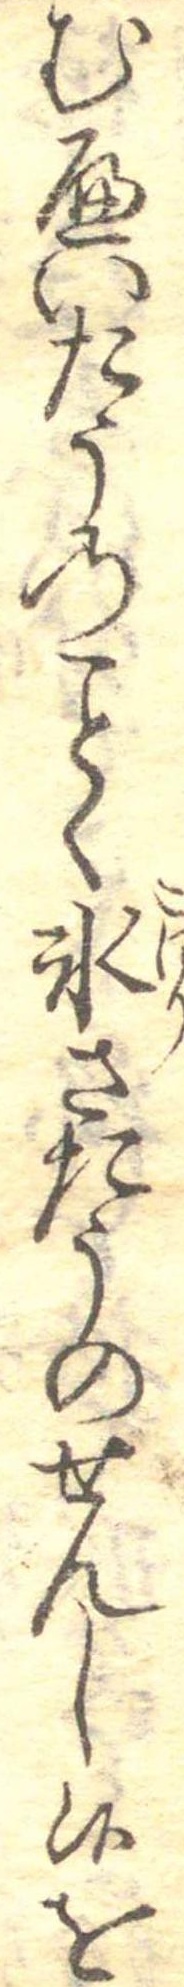
むへいたうのく氷さたうのせんし候を